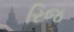
રિજ